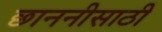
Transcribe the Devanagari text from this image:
छाननीसाठी